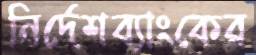
নির্দেশব্যাংকের